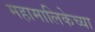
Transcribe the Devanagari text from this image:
महामालिकेच्या